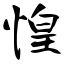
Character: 惶